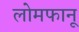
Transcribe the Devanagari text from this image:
लोमफानू